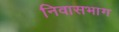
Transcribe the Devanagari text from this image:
निवासभाग